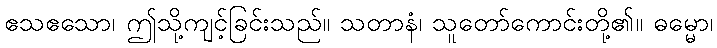
ဧသဧသော၊ ဤသို့ကျင့်ခြင်းသည်။ သတာနံ၊ သူတော်ကောင်းတို့၏။ ဓမ္မော၊